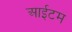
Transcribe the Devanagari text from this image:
आईटम